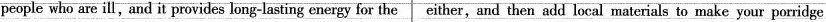
people who are ill,and it provides long-lasting energy for the either,and then add local materials to make your porridge